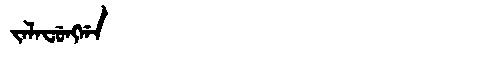
Manchu: ᠵᠠᠯᠠᠸᡠᠩᡤᠠ
Romanization: JALAFUNGGA